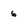
Character: 6